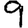
Digit: 9